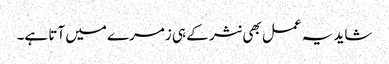
شاید یہ عمل بھی نثر کے ہی زمرے میں آتا ہے۔